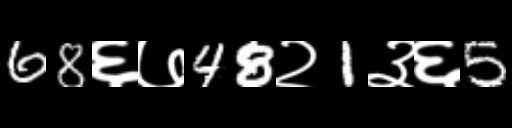
Text: 68६७48२1३६5